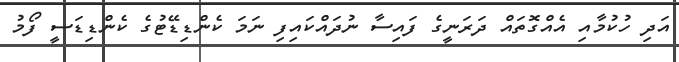
އަދި ހުކުމާއި އެއްގޮތައް ދަރަނީގެ ފައިސާ ނުދައްކައިފި ނަމަ ކެންޑިޑޭޓުގެ ކެންޑިޑަސީ ފޯމު